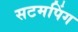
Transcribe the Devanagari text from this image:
सटमपिंग